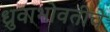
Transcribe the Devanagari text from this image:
ध्रुवाभोवतीचे